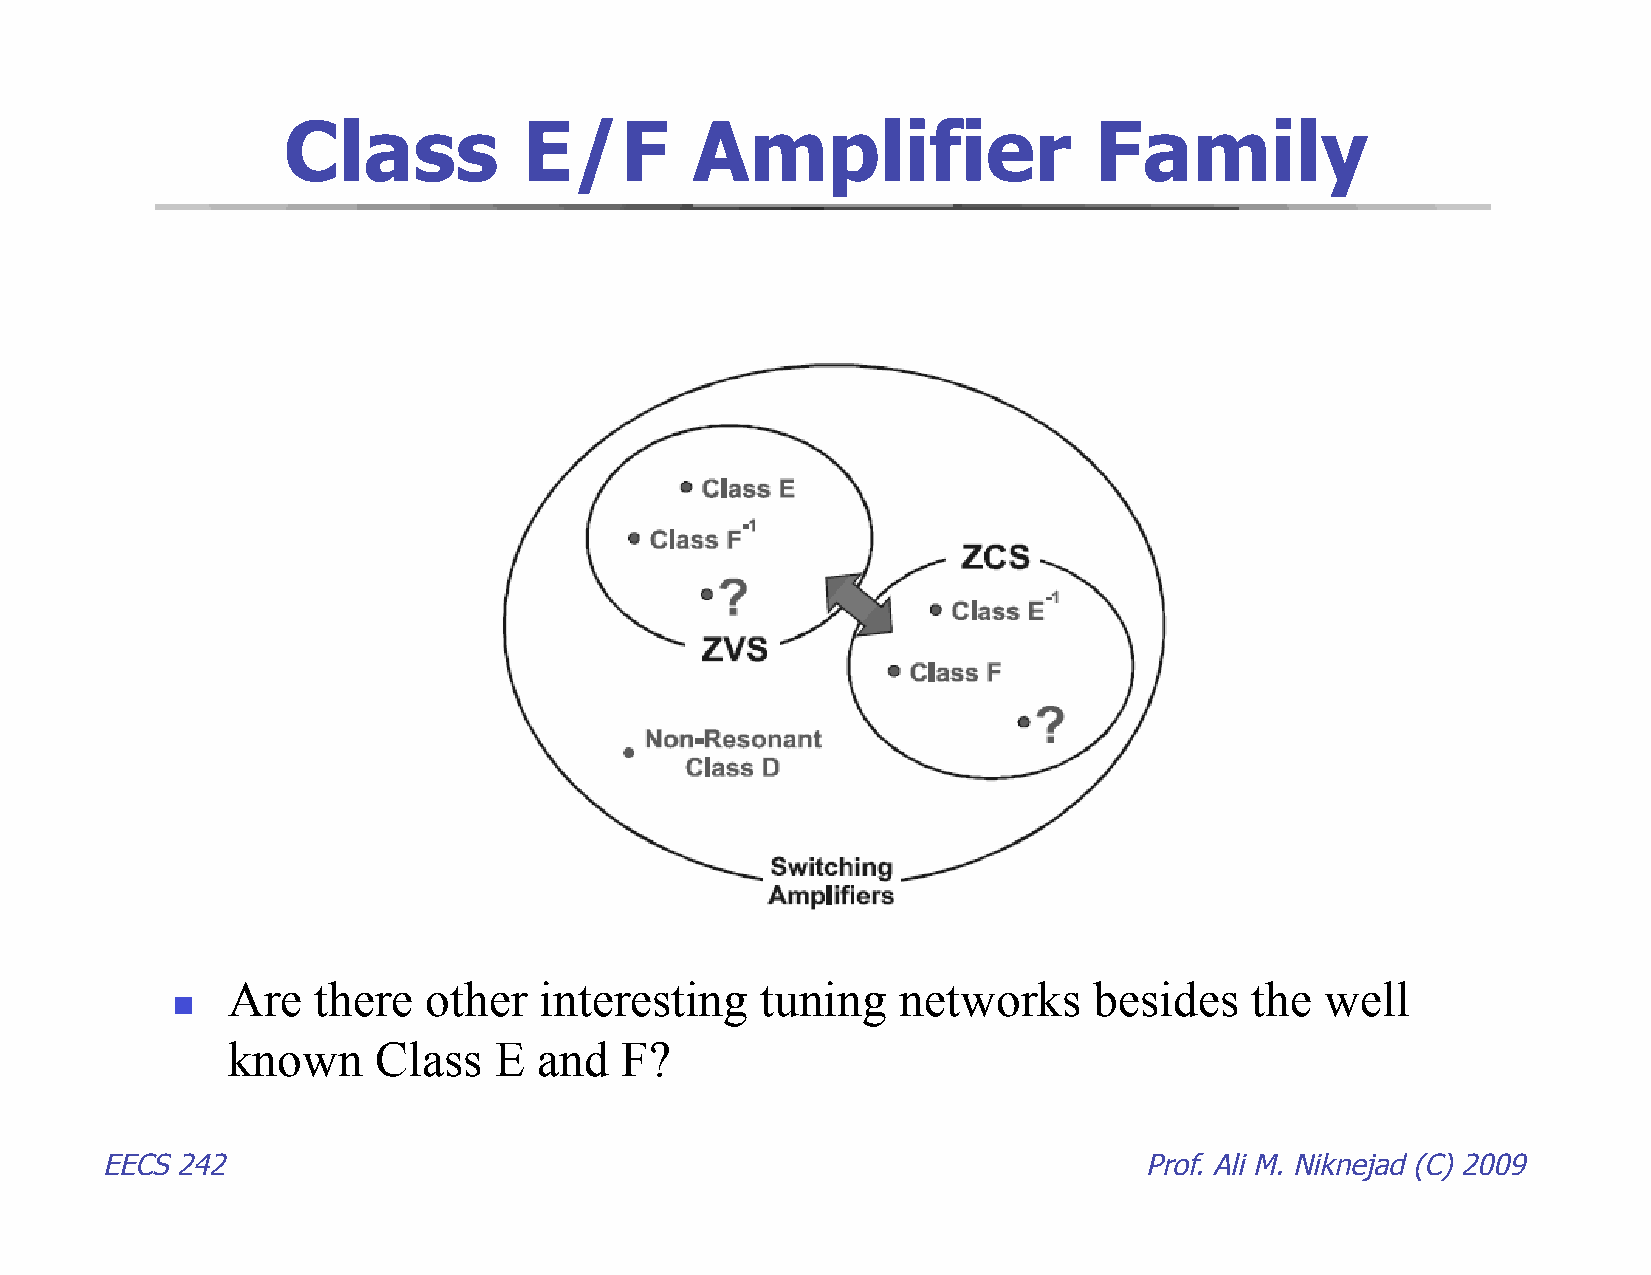
Class           E/F        Amplifier                 Family
 Are   there  other   interesting   tuning    networks    besides    the  well
 
 known     Class   E  and  F?
 EECS 242                                                             Prof. Ali M. Niknejad (C) 2009